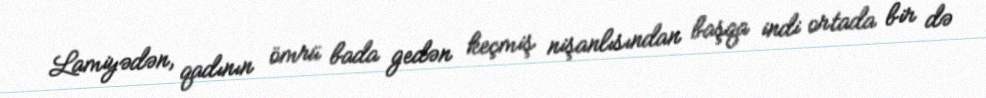
Lamiyədən, qadının ömrü bada gedən keçmiş nişanlısından başqa indi ortada bir də